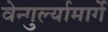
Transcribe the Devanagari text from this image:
वेन्गुर्ल्यामार्गे